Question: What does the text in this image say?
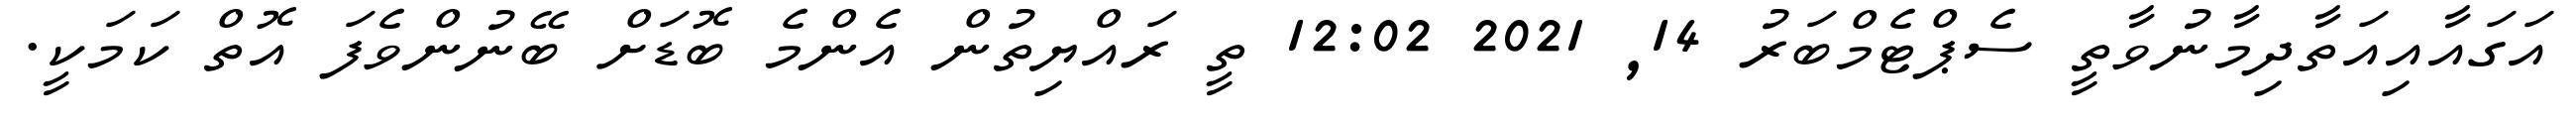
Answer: އަގައާއިއަތާދިމާނުވާތީ ސެޕްޓެމްބަރު 14, 2021 12:02 ތީ ރައްޔިތުން އެންމެ ބޮޑަށް ބޭނުންވެފަ އޮތް ކަމަކީ.